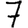
Digit: 7